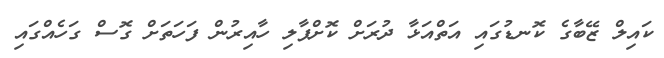
ކައިލް ޒޭބާގެ ކޮނޑުގައި އަތްއަޅާ ދުރަށް ކޮށްޕާލި ހާއިރުން ފަހަތަށް ގޮސް ގަހެއްގައި